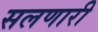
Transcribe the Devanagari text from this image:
सलणारी